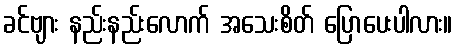
ခင်ဗျား နည်းနည်းလောက် အသေးစိတ် ပြောပေးပါလား။